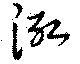
泓